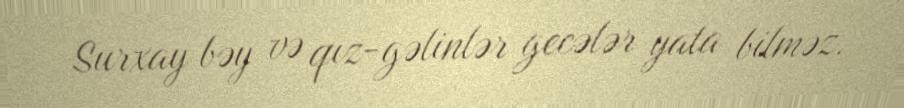
Surxay bəy və qız-gəlinlər gecələr yata bilməz.